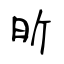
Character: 昕